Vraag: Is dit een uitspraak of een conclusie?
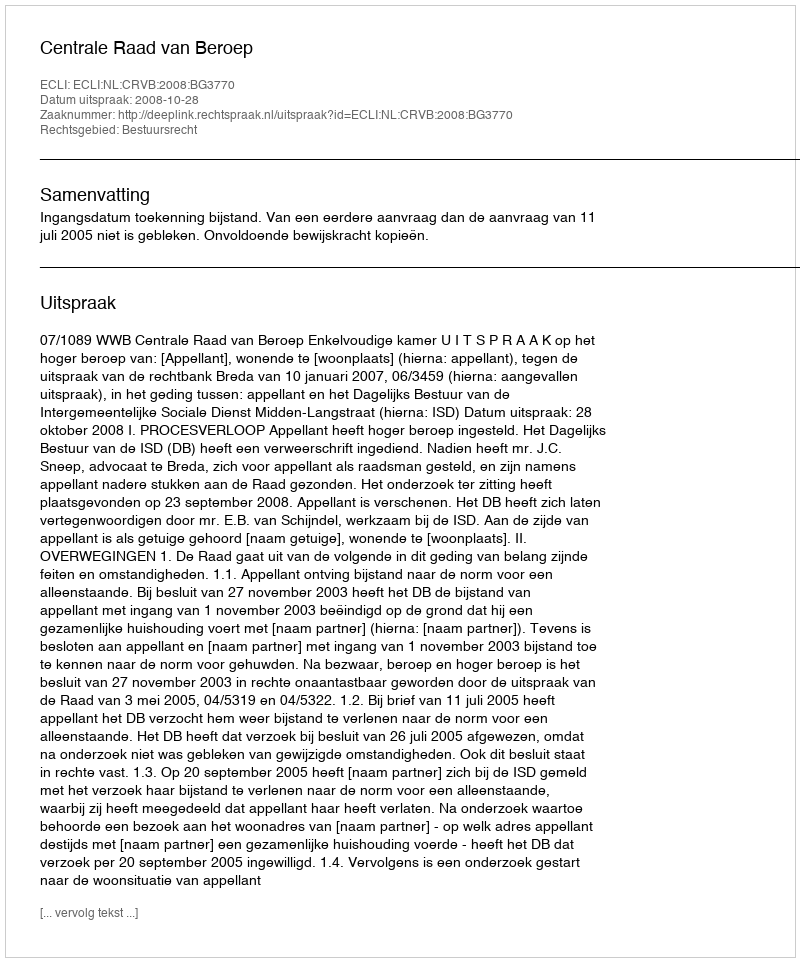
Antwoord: Uitspraak